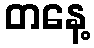
တနေ့